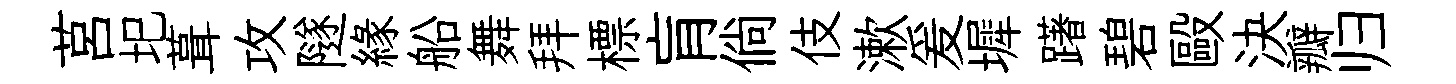
莒圯葺攻隧縁船舞拜標肓倘伎漱爰墀躇碧毆決瓣归